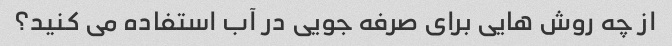
از چه روش هایی برای صرفه جویی در آب استفاده می کنید؟